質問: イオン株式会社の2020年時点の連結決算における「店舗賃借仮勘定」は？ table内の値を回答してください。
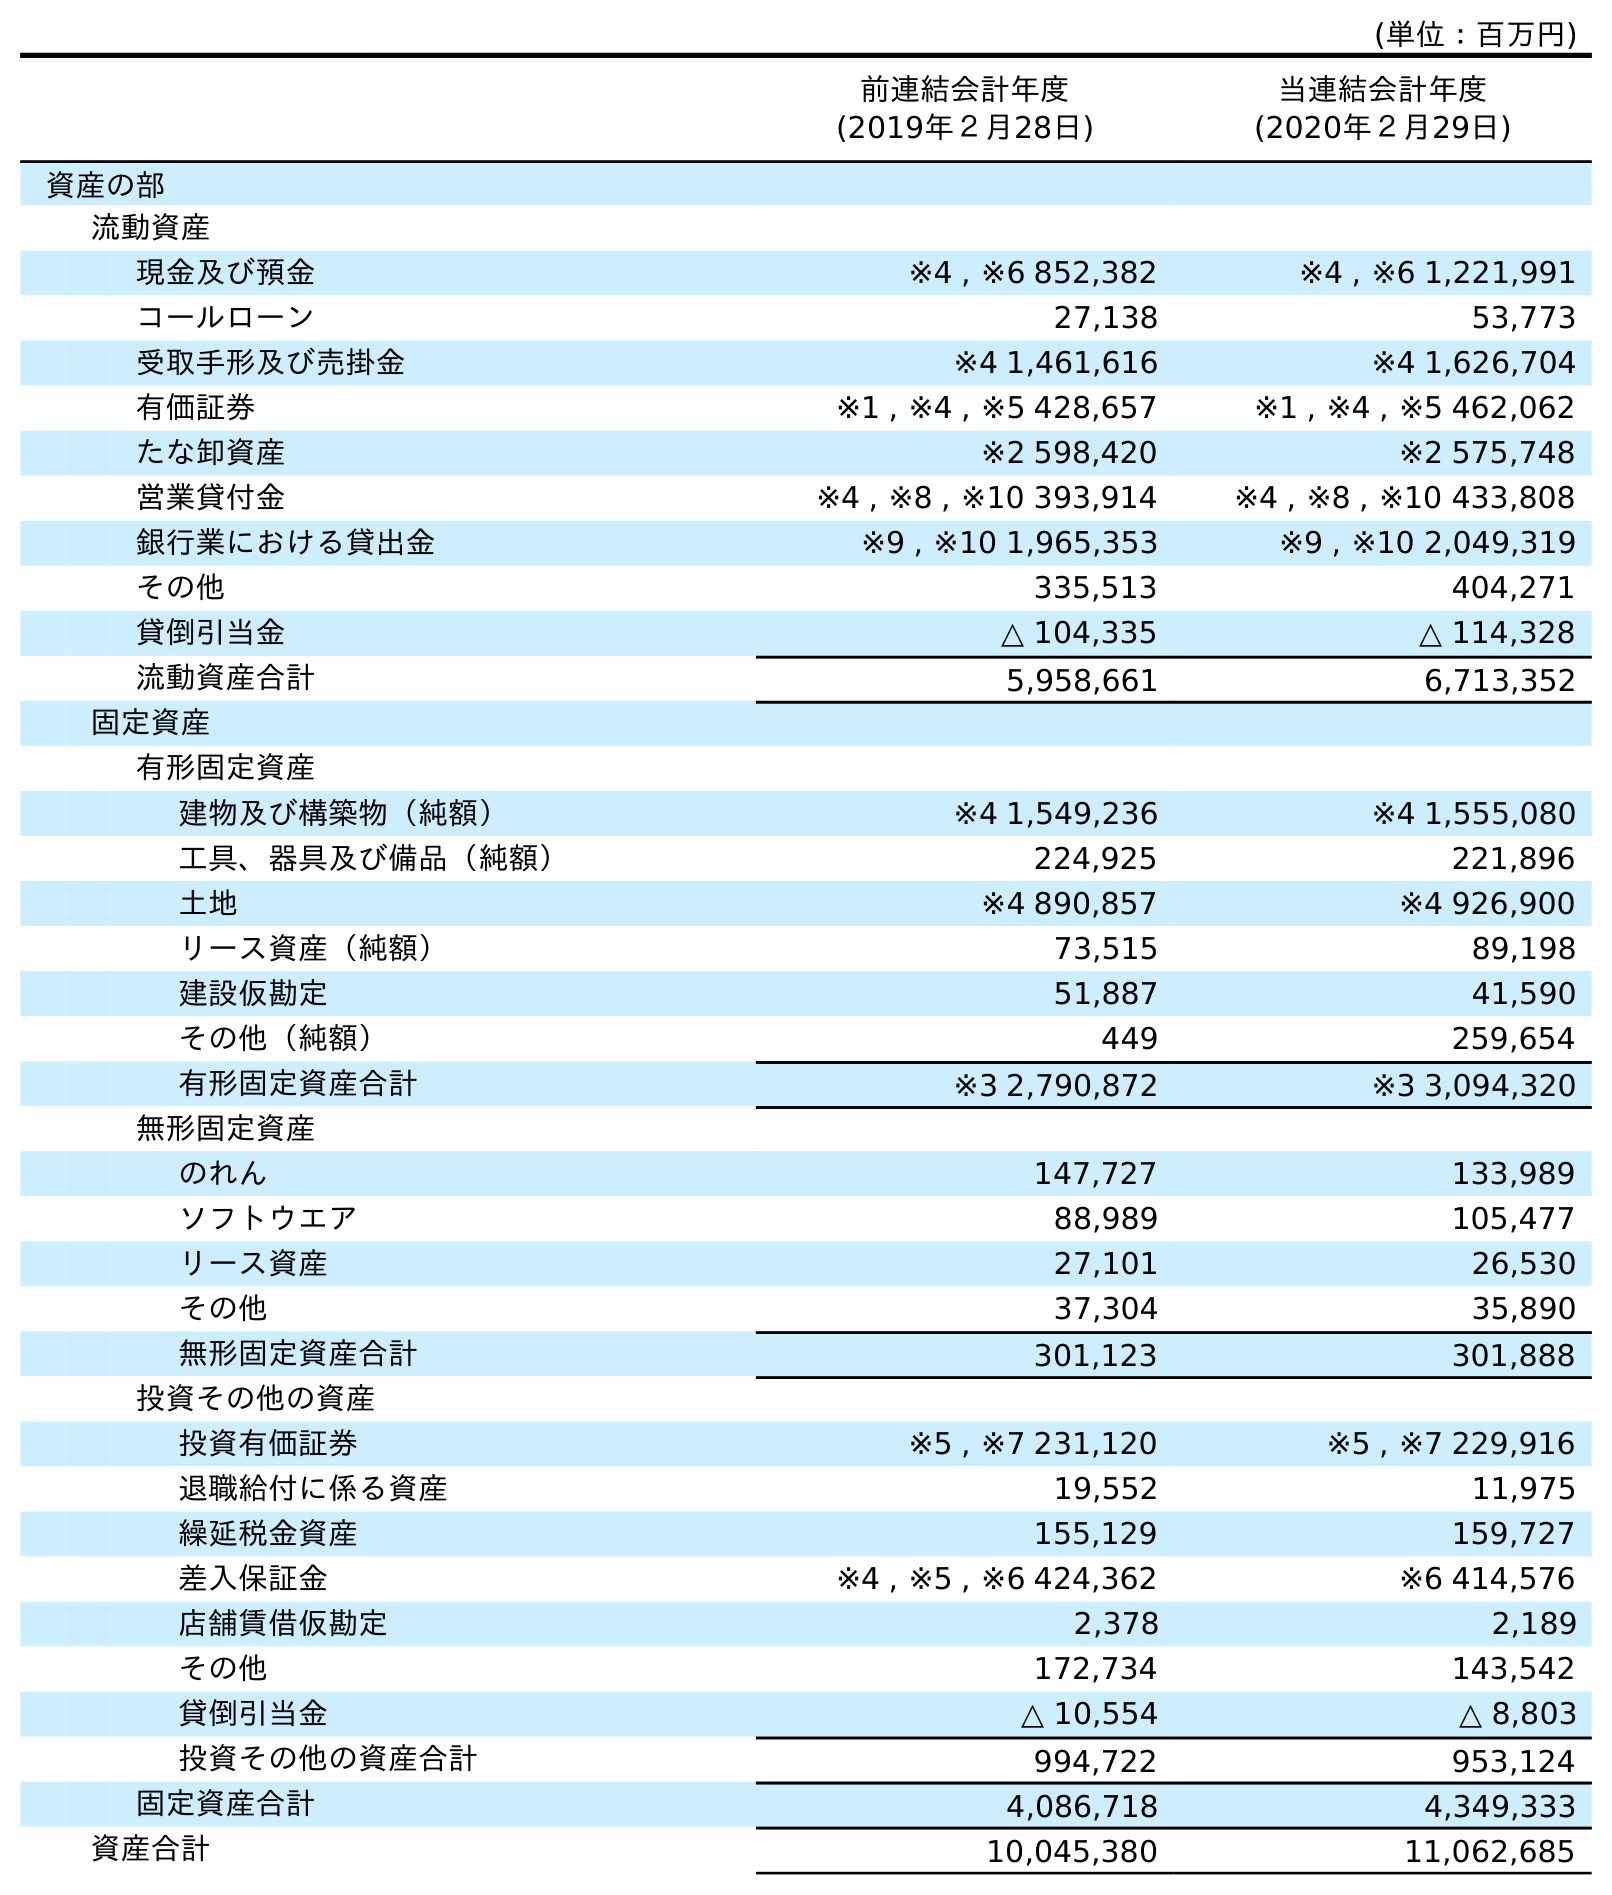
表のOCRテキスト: (単位：百万円) 前連結会計年度 (2019年２月28日) 当連結会計年度 (2020年２月29日) 資産の部 流動資産 現金及び預金 ※4 , ※6 852,382 ※4 , ※6 1,221,991 コールローン 27,138 53,773 受取手形及び売掛金 ※4 1,461,616 ※4 1,626,704 有価証券 ※1 , ※4 , ※5 428,657 ※1 , ※4 , ※5 462,062 たな卸資産 ※2 598,420 ※2 575,748 営業貸付金 ※4 , ※8 , ※10 393,914 ※4 , ※8 , ※10 433,808 銀行業における貸出金 ※9 , ※10 1,965,353 ※9 , ※10 2,049,319 その他 335,513 404,271 貸倒引当金 △ 104,335 △ 114,328 流動資産合計 5,958,661 6,713,352 固定資産 有形固定資産 建物及び構築物（純額） ※4 1,549,236 ※4 1,555,080 工具、器具及び備品（純額） 224,925 221,896 土地 ※4 890,857 ※4 926,900 リース資産（純額） 73,515 89,198 建設仮勘定 51,887 41,590 その他（純額） 449 259,654 有形固定資産合計 ※3 2,790,872 ※3 3,094,320 無形固定資産 のれん 147,727 133,989 ソフトウエア 88,989 105,477 リース資産 27,101 26,530 その他 37,304 35,890 無形固定資産合計 301,123 301,888 投資その他の資産 投資有価証券 ※5 , ※7 231,120 ※5 , ※7 229,916 退職給付に係る資産 19,552 11,975 繰延税金資産 155,129 159,727 差入保証金 ※4 , ※5 , ※6 424,362 ※6 414,576 店舗賃借仮勘定 2,378 2,189 その他 172,734 143,542 貸倒引当金 △ 10,554 △ 8,803 投資その他の資産合計 994,722 953,124 固定資産合計 4,086,718 4,349,333 資産合計 10,045,380 11,062,685
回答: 2,189